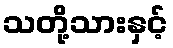
သတို့သားနှင့်